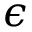
\epsilon